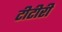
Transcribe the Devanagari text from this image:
टीटीरी